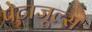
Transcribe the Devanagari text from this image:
पेटाजूल्स